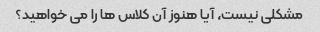
مشکلی نیست، آیا هنوز آن کلاس ها را می خواهید؟